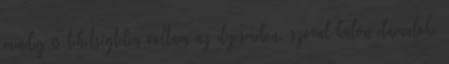
mindig is tehetségtelen voltam az ilyesmiben, szóval külön elámulok,